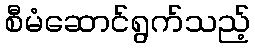
စီမံဆောင်ရွက်သည့်